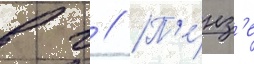
в г // П'е́нз'е